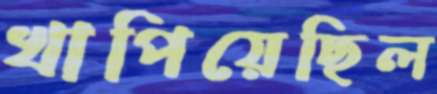
খাপিয়েছিল